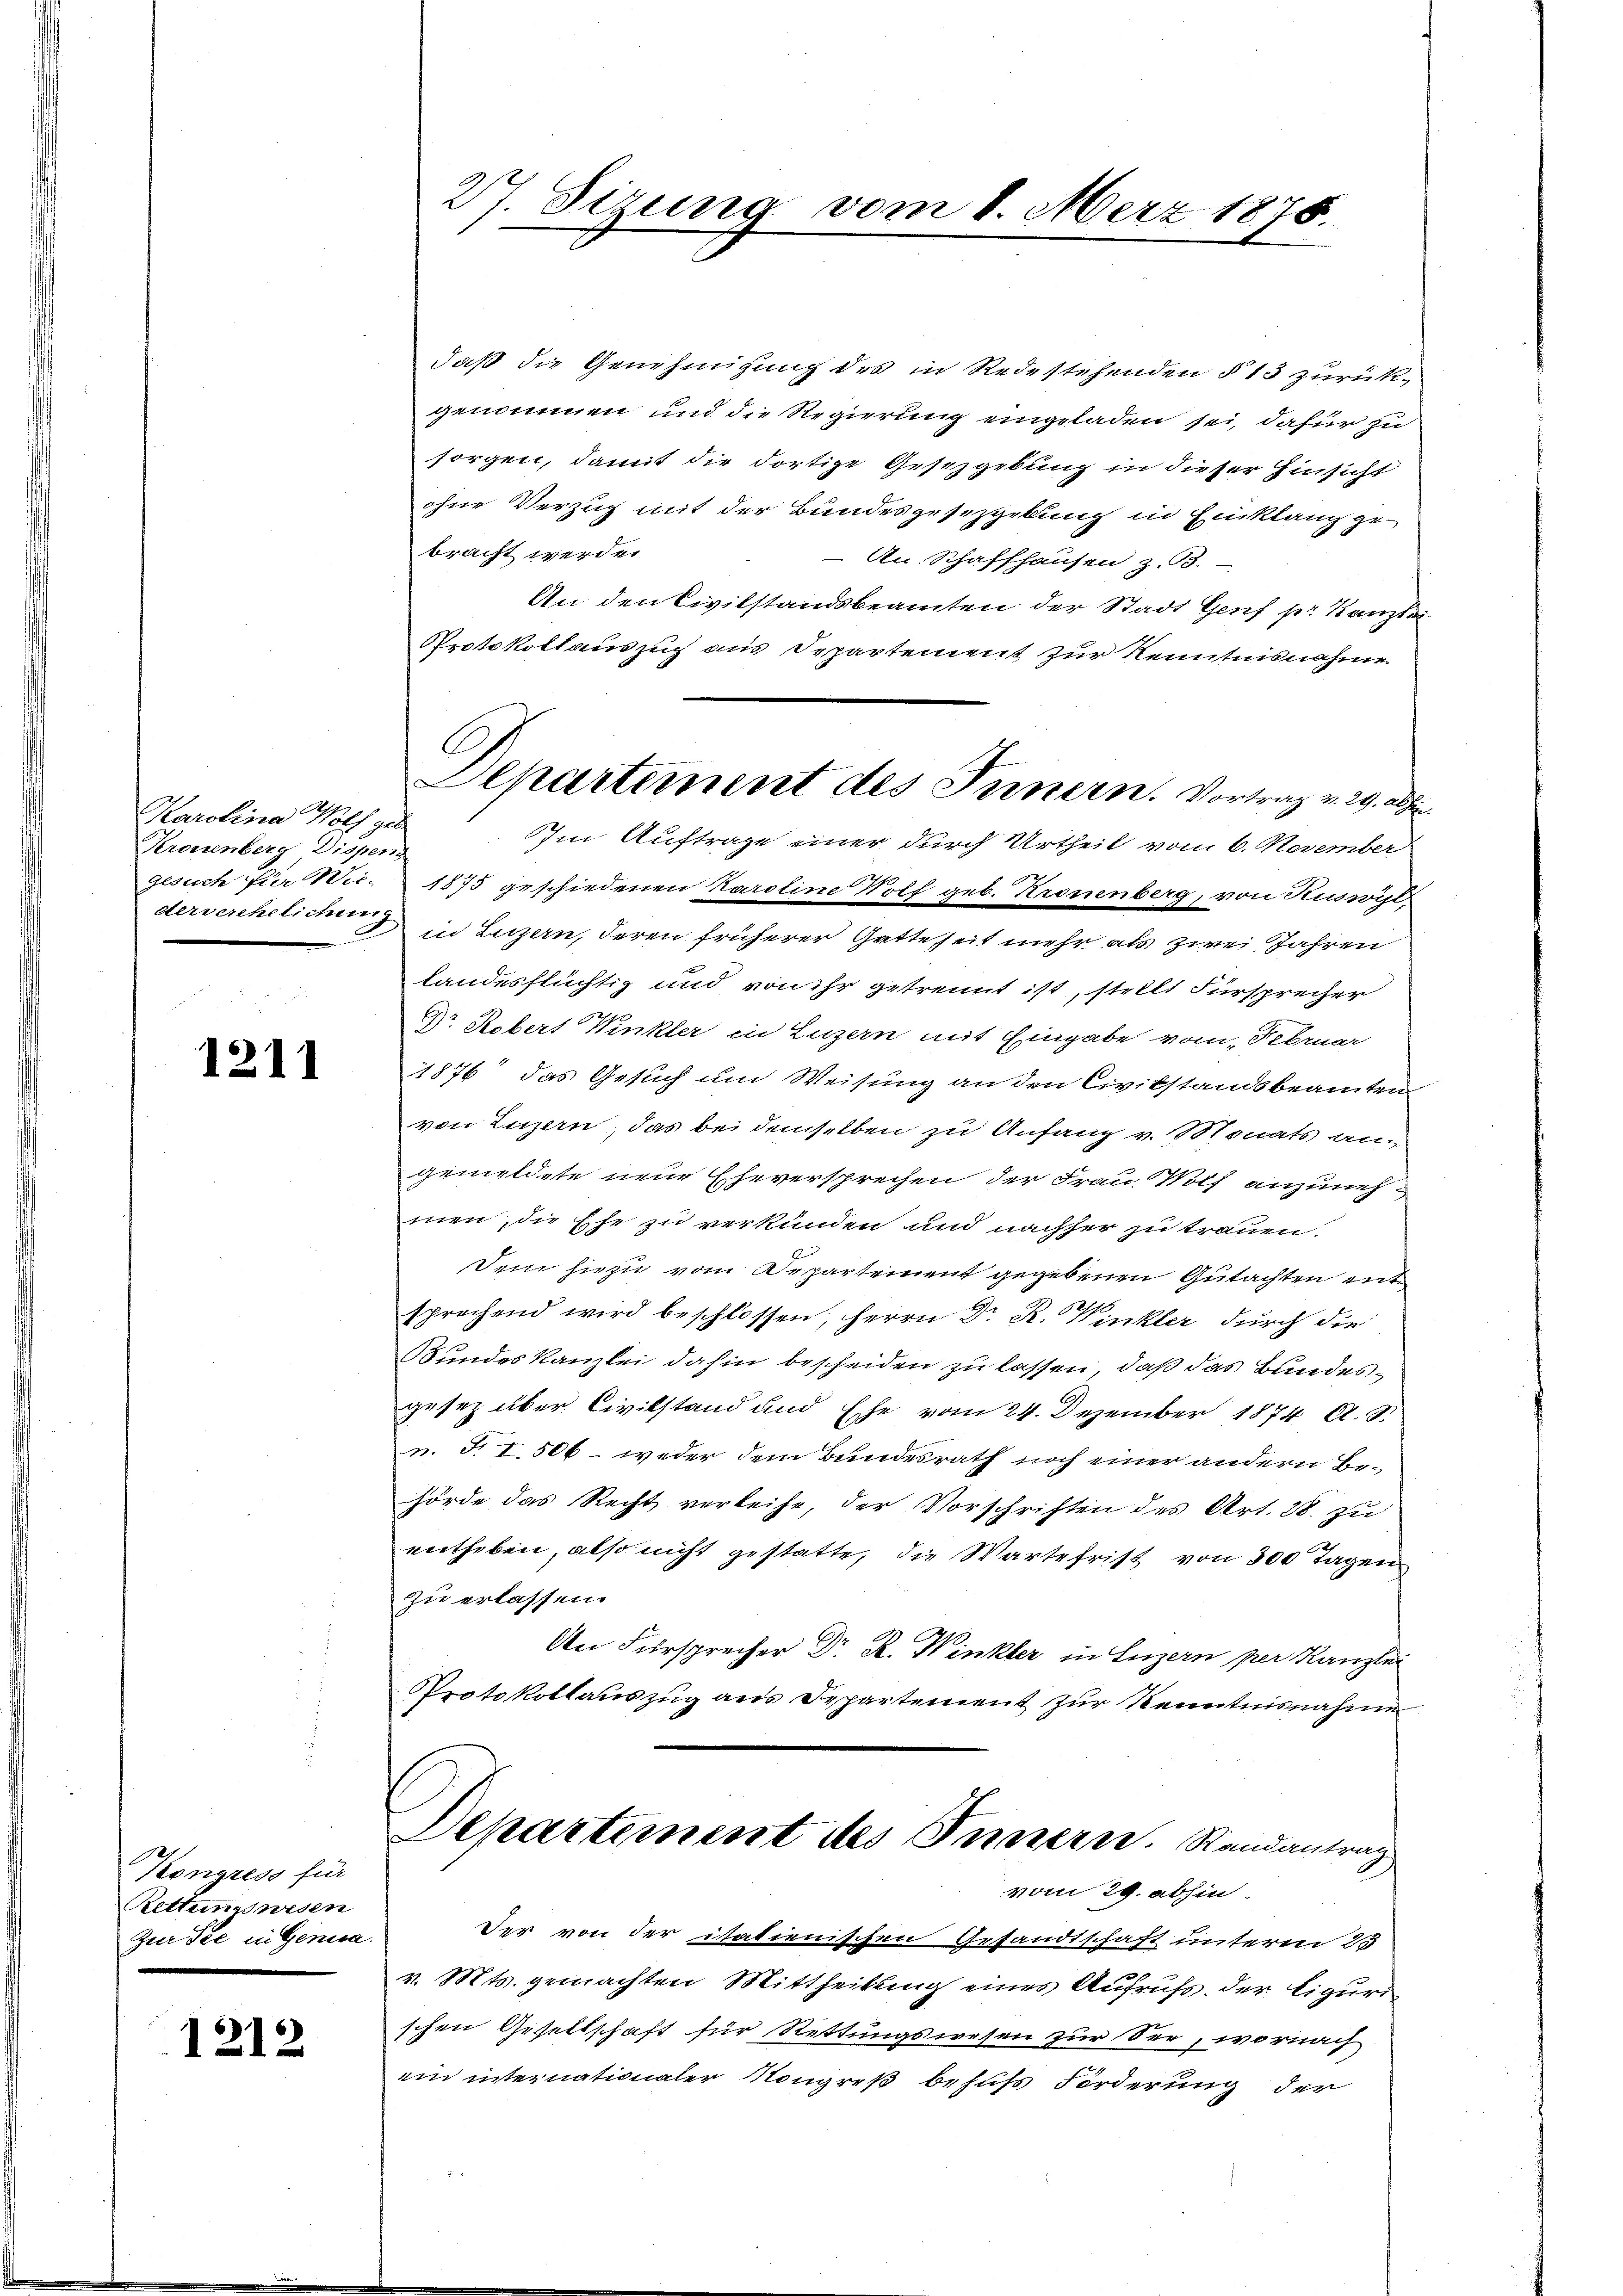
Karolina Wolf ge
Kronenberg Dispens
derverehelichung

1211

Kongress für
Rettungswesen
Zur Tee in Genica.

1212

27. Sizung vom 8. März 1875.

daß die Genehmigung des in Redestehenden § 13 zurückgenommen und die Regierung eingeladen sei, dafür zu
sorgen, damit die dortige Gesetzgebung in dieser Hinsicht
ohne Verzug mit der Bundesgesetzgebung in Einklang ge
bracht werden.
An Schaffhausen z. B.
An den Civilstandsbeamten der Stadt Genf pr. Kanzlei
Protokollauszug aus Departement zur Kenntnisnahme
Im Auftrage einer durch Urtheil vom 6. November
gesuch für Wic. 1875 geschiedenen Karoline Wolf geb. Kronenberg, von Ruswyl
in Luzern, deren früherer Gatteseit mehr als zwei Jahren
landesflüchtig und von ihr getrennt ist, stritt Fürsprecher
Dr. Robert Winkler in Luzern mit Eingabe vom Februar
1876 das Gesuch um Weisung an den Civilstandsbeamten
von Luzern, das bei demselben zu Anfang v. Monats an
gemeldete neue Eheversprechen der Frau Wolf anzuneh
men, die Ehe zu verkünden und nachher zu trauen.
Sein hiezu vom Departement gegebenen Gutachten entsprechend wird beschlossen, Herrn Dr R. Winkler durch die
Bundes Kanzlei dahin bescheiden zu lassen, daß das Bundesgesetz über Civilstand und Ehe vom 24. Dezember 1874 A. S.
u. T. I. 506 - weder dem Bundesrath noch einer andern Behörde das Recht verleihe, der Vorschriften des Art. 28. zu
entheben, also nicht gestatte, die Wartefrist von 300 Tagen
zu erlassen.
An Fürsprecher Dr. R. Winkler in Luzern per Kanzlei
Protokollauszug aus Departement zur Kenntnisnahme
Departement des Innern. Randantrag
vom 29. abhin
Der von der itatienischen Gesandtschaft unterm 25
v. Mts. gemachten Mittheilung eines Aufrufs der Figur
schen Gesellschaft für Rettungswesen zur See, wornach
ein internationaler Kongreß behufs Förderung der

C
Departement des Innern. Vortrag v. 29. abhin